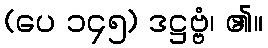
(ပေ ၁၄၅) ဒဋ္ဌဗ္ဗံ၊ ၏။